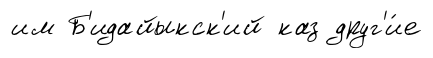
им Б'идайыкск'ий каз друг'и́е